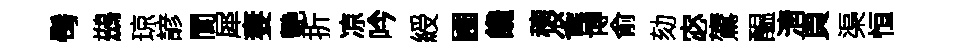
髩鷀琼諺閬犀妻艷折凉吟綬圃饞穂雀博俞劾宓鷟醖淸頁渠恒